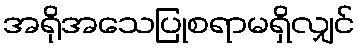
အရိုအသေပြုစရာမရှိလျှင်